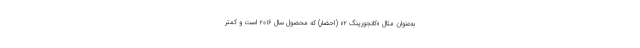
به‌عنوان مثال «کانجورینگ ۲» (احضار) که محصول سال ۲۰۱۶ است و کمتر